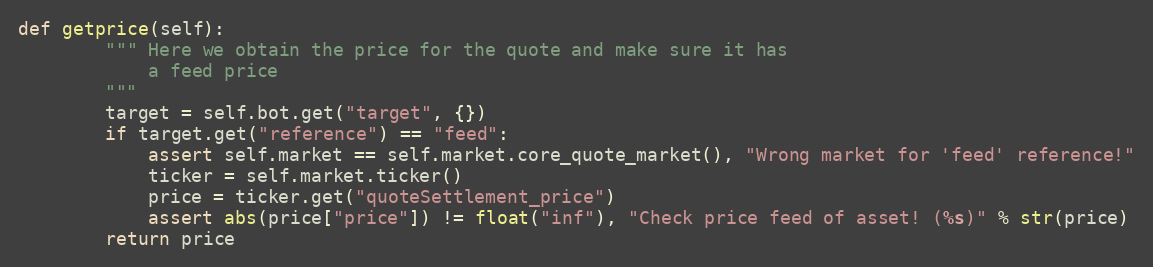
Language: Python
def getprice(self):
        """ Here we obtain the price for the quote and make sure it has
            a feed price
        """
        target = self.bot.get("target", {})
        if target.get("reference") == "feed":
            assert self.market == self.market.core_quote_market(), "Wrong market for 'feed' reference!"
            ticker = self.market.ticker()
            price = ticker.get("quoteSettlement_price")
            assert abs(price["price"]) != float("inf"), "Check price feed of asset! (%s)" % str(price)
        return price